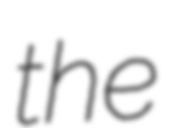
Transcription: the